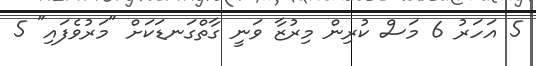
5 އަހަރު 6 މަސް ކުރިން މިރުޒާ ވަނީ ގާތްގަނޑަކަށް "މަރުވެފައި" 5